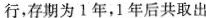
行，存期为1年，1年后共取出